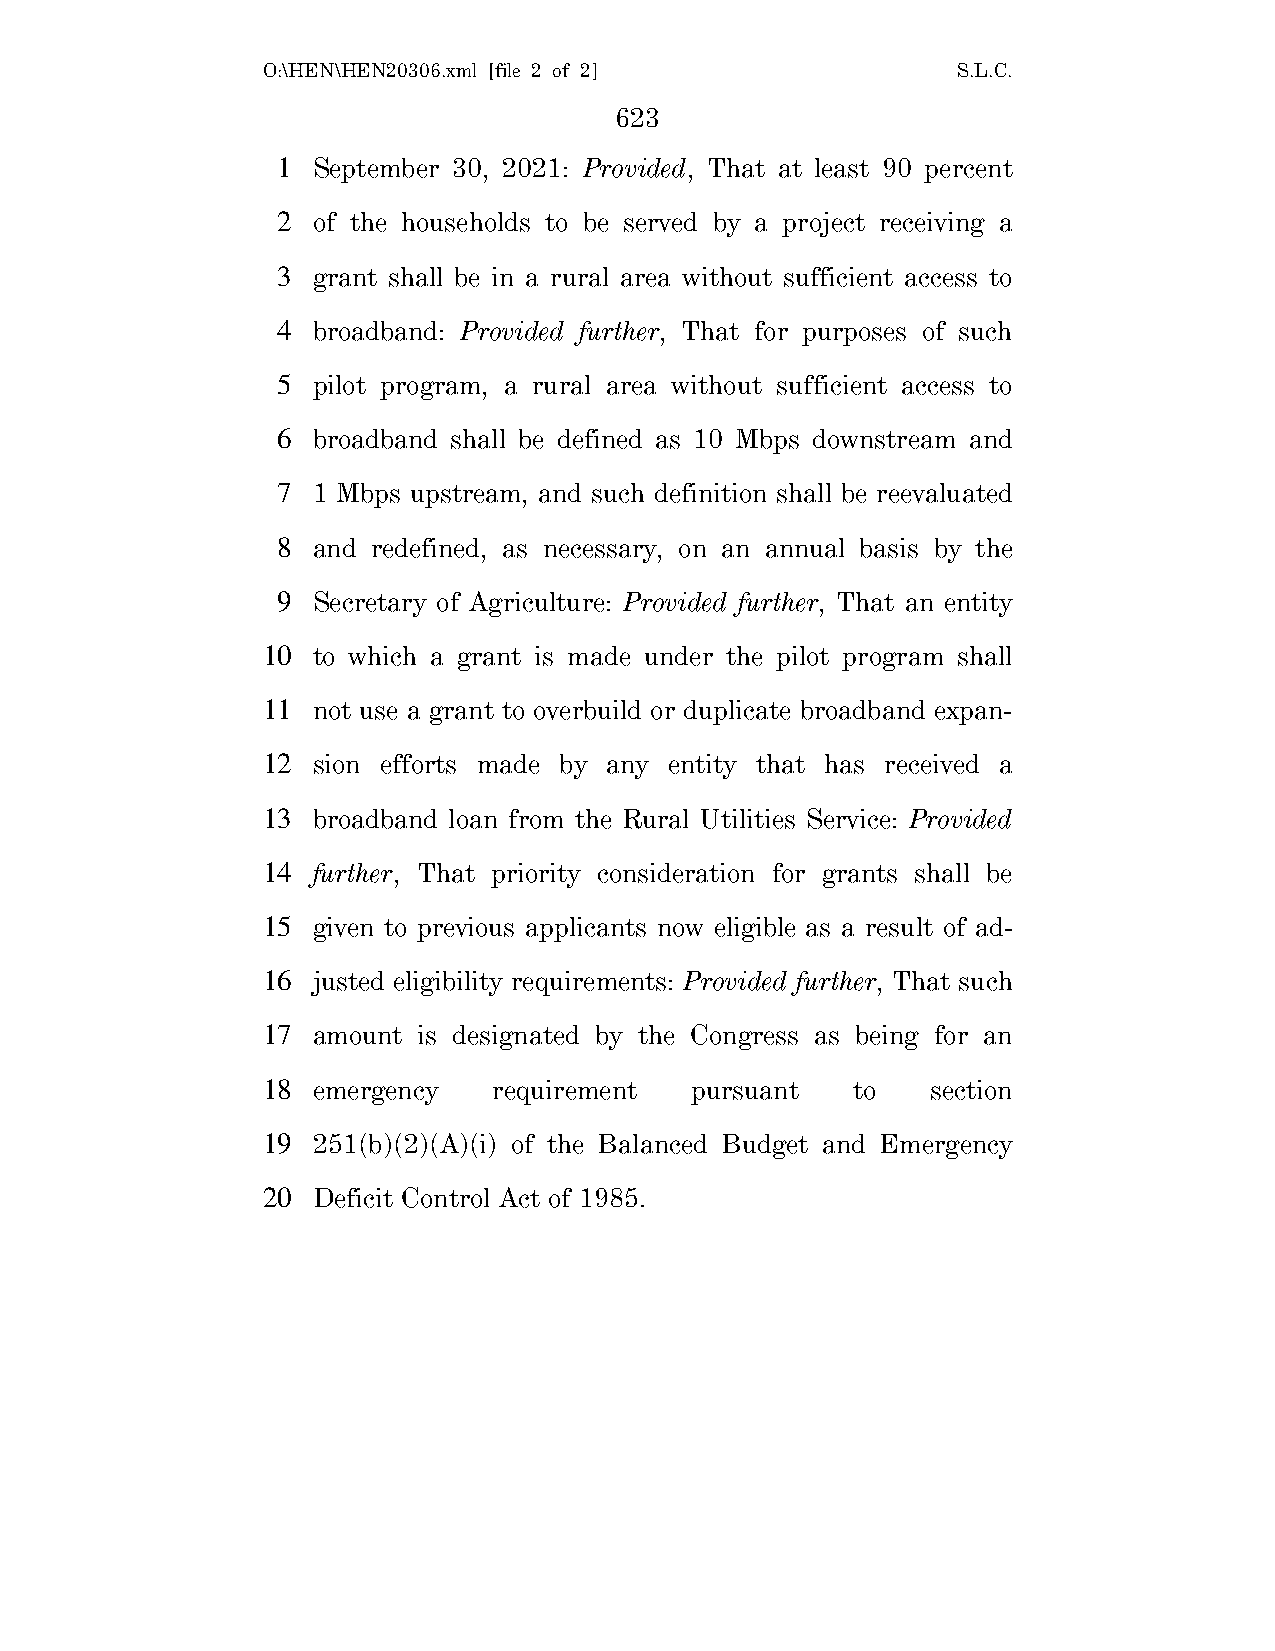
O:\HEN\HEN20306.xml [file 2 of 2]             S.L.C.
 623
 1  September 30, 2021: Provided, That at least 90 percent
 2  of the households to be served by a project receiving a
 3  grant shall be in a rural area without sufficient access to
 4  broadband: Provided further, That for purposes of such
 5  pilot program, a rural area without sufficient access to
 6  broadband shall be defined as 10 Mbps downstream and
 7  1 Mbps upstream, and such definition shall be reevaluated
 8  and redefined, as necessary, on an annual basis by the
 9  Secretary of Agriculture: Provided further, That an entity
 10  to which a grant is made under the pilot program shall
 11  not use a grant to overbuild or duplicate broadband expan-
 12  sion efforts made by any entity that has received a
 13  broadband loan from the Rural Utilities Service: Provided
 14  further, That priority consideration for grants shall be
 15  given to previous applicants now eligible as a result of ad-
 16  justed eligibility requirements: Provided further, That such
 17  amount is designated by the Congress as being for an
 18  emergency   requirement  pursuant  to    section
 19  251(b)(2)(A)(i) of the Balanced Budget and Emergency
 20  Deficit Control Act of 1985.